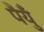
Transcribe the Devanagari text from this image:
पैयुँ